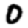
Digit: 0